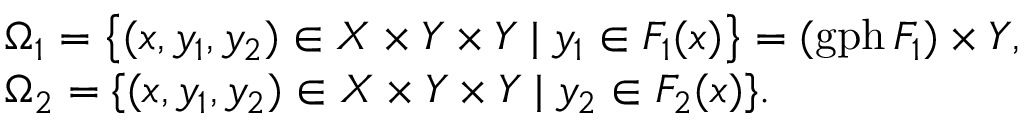
\begin{array} { r } { \begin{array} { l l } & { \Omega _ { 1 } = \big \{ ( x , y _ { 1 } , y _ { 2 } ) \in X \times Y \times Y \; | \; y _ { 1 } \in F _ { 1 } ( x ) \big \} = ( \mathrm { g p h } \, F _ { 1 } ) \times Y , } \\ & { \Omega _ { 2 } = \{ ( x , y _ { 1 } , y _ { 2 } ) \in X \times Y \times Y \; | \; y _ { 2 } \in F _ { 2 } ( x ) \} . } \end{array} } \end{array}